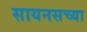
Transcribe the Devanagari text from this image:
सायनसच्या